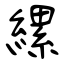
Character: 縲